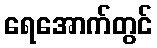
ရေအောက်တွင်